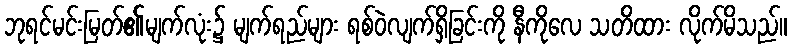
ဘုရင်မင်းမြတ်၏မျက်လုံး၌ မျက်ရည်များ ရစ်ဝဲလျက်ရှိခြင်းကို နီကိုလေ သတိထား လိုက်မိသည်။